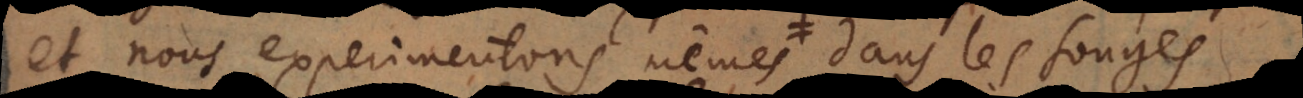
et nous experimentons mêmes dans les songes